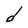
Character: d